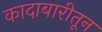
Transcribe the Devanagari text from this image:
कादाबारीतून